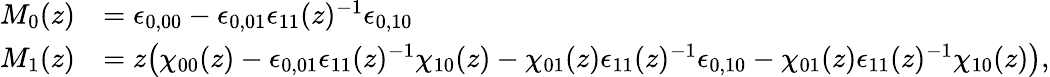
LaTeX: \begin{array}{rl}{M_{0}(z)}&{=\epsilon_{0,00}-\epsilon_{0,01}\epsilon_{11}(z)^{-1}\epsilon_{0,10}}\\ {M_{1}(z)}&{=z\bigl(\chi_{00}(z)-\epsilon_{0,01}\epsilon_{11}(z)^{-1}\chi_{10}(z)-\chi_{01}(z)\epsilon_{11}(z)^{-1}\epsilon_{0,10}-\chi_{01}(z)\epsilon_{11}(z)^{-1}\chi_{10}(z)\bigr),}\end{array}